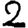
Digit: 2